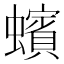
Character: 蠙